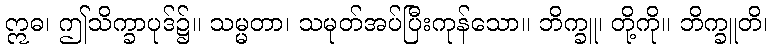
ဣဓ၊ ဤသိက္ခာပုဒ်၌။ သမ္မတာ၊ သမုတ်အပ်ပြီးကုန်သော။ ဘိက္ခူ၊ တို့ကို။ ဘိက္ခူတိ၊